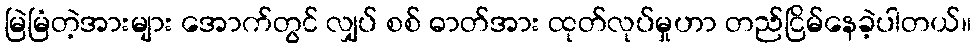
မြဲမြံတဲ့အားများ အောက်တွင် လျှပ် စစ် ဓာတ်အား ထုတ်လုပ်မှုဟာ တည်ငြိမ်နေခဲ့ပါတယ်။